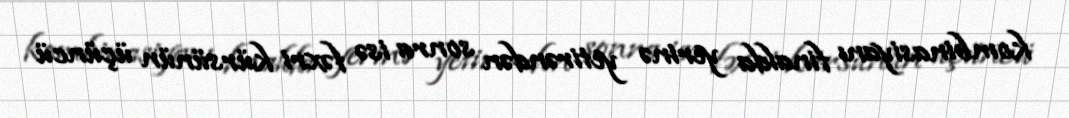
kombinasiyanı finalda yerinə yetirəndən sonra isə fəxri kürsünün üçüncü